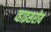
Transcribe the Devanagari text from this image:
व्हाइसरोय